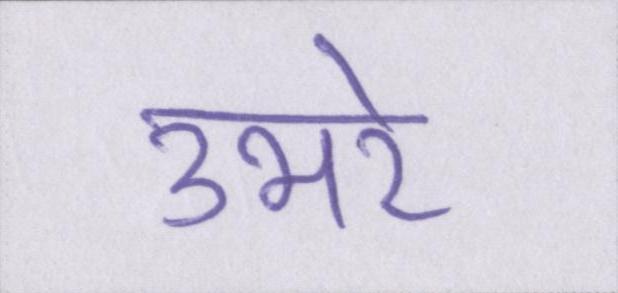
उभरे